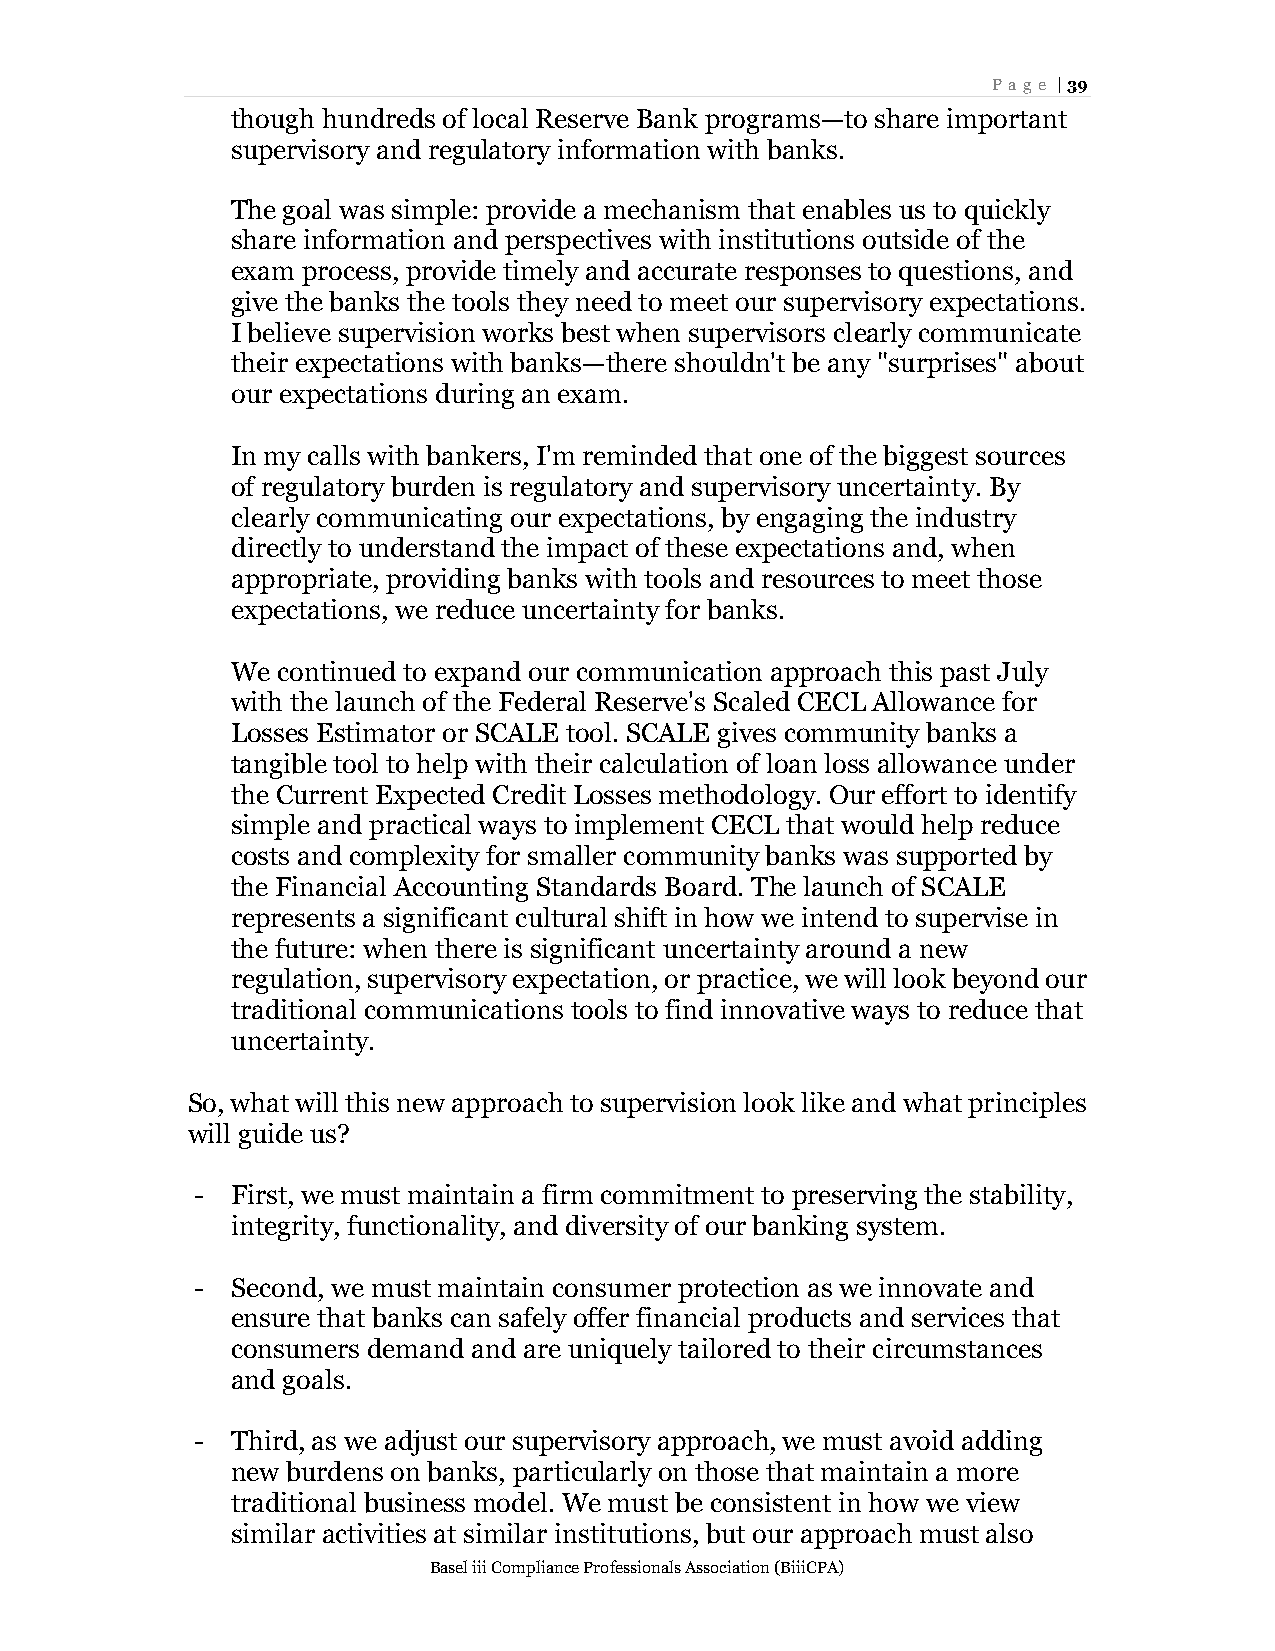
Page | 39
 though hundreds of local Reserve Bank programs—to share important
 supervisory and regulatory information with banks.
 The goal was simple: provide a mechanism that enables us to quickly
 share information and perspectives with institutions outside of the
 exam process, provide timely and accurate responses to questions, and
 give the banks the tools they need to meet our supervisory expectations.
 I believe supervision works best when supervisors clearly communicate
 their expectations with banks—there shouldn't be any "surprises" about
 our expectations during an exam.
 In my calls with bankers, I'm reminded that one of the biggest sources
 of regulatory burden is regulatory and supervisory uncertainty. By
 clearly communicating our expectations, by engaging the industry
 directly to understand the impact of these expectations and, when
 appropriate, providing banks with tools and resources to meet those
 expectations, we reduce uncertainty for banks.
 We continued to expand our communication approach this past July
 with the launch of the Federal Reserve's Scaled CECL Allowance for
 Losses Estimator or SCALE tool. SCALE gives community banks a
 tangible tool to help with their calculation of loan loss allowance under
 the Current Expected Credit Losses methodology. Our effort to identify
 simple and practical ways to implement CECL that would help reduce
 costs and complexity for smaller community banks was supported by
 the Financial Accounting Standards Board. The launch of SCALE
 represents a significant cultural shift in how we intend to supervise in
 the future: when there is significant uncertainty around a new
 regulation, supervisory expectation, or practice, we will look beyond our
 traditional communications tools to find innovative ways to reduce that
 uncertainty.
 So, what will this new approach to supervision look like and what principles
 will guide us?
 - First, we must maintain a firm commitment to preserving the stability,
 integrity, functionality, and diversity of our banking system.
 - Second, we must maintain consumer protection as we innovate and
 ensure that banks can safely offer financial products and services that
 consumers demand and are uniquely tailored to their circumstances
 and goals.
 - Third, as we adjust our supervisory approach, we must avoid adding
 new burdens on banks, particularly on those that maintain a more
 traditional business model. We must be consistent in how we view
 similar activities at similar institutions, but our approach must also
 Basel iii Compliance Professionals Association (BiiiCPA)